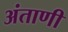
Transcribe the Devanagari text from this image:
अंताणी